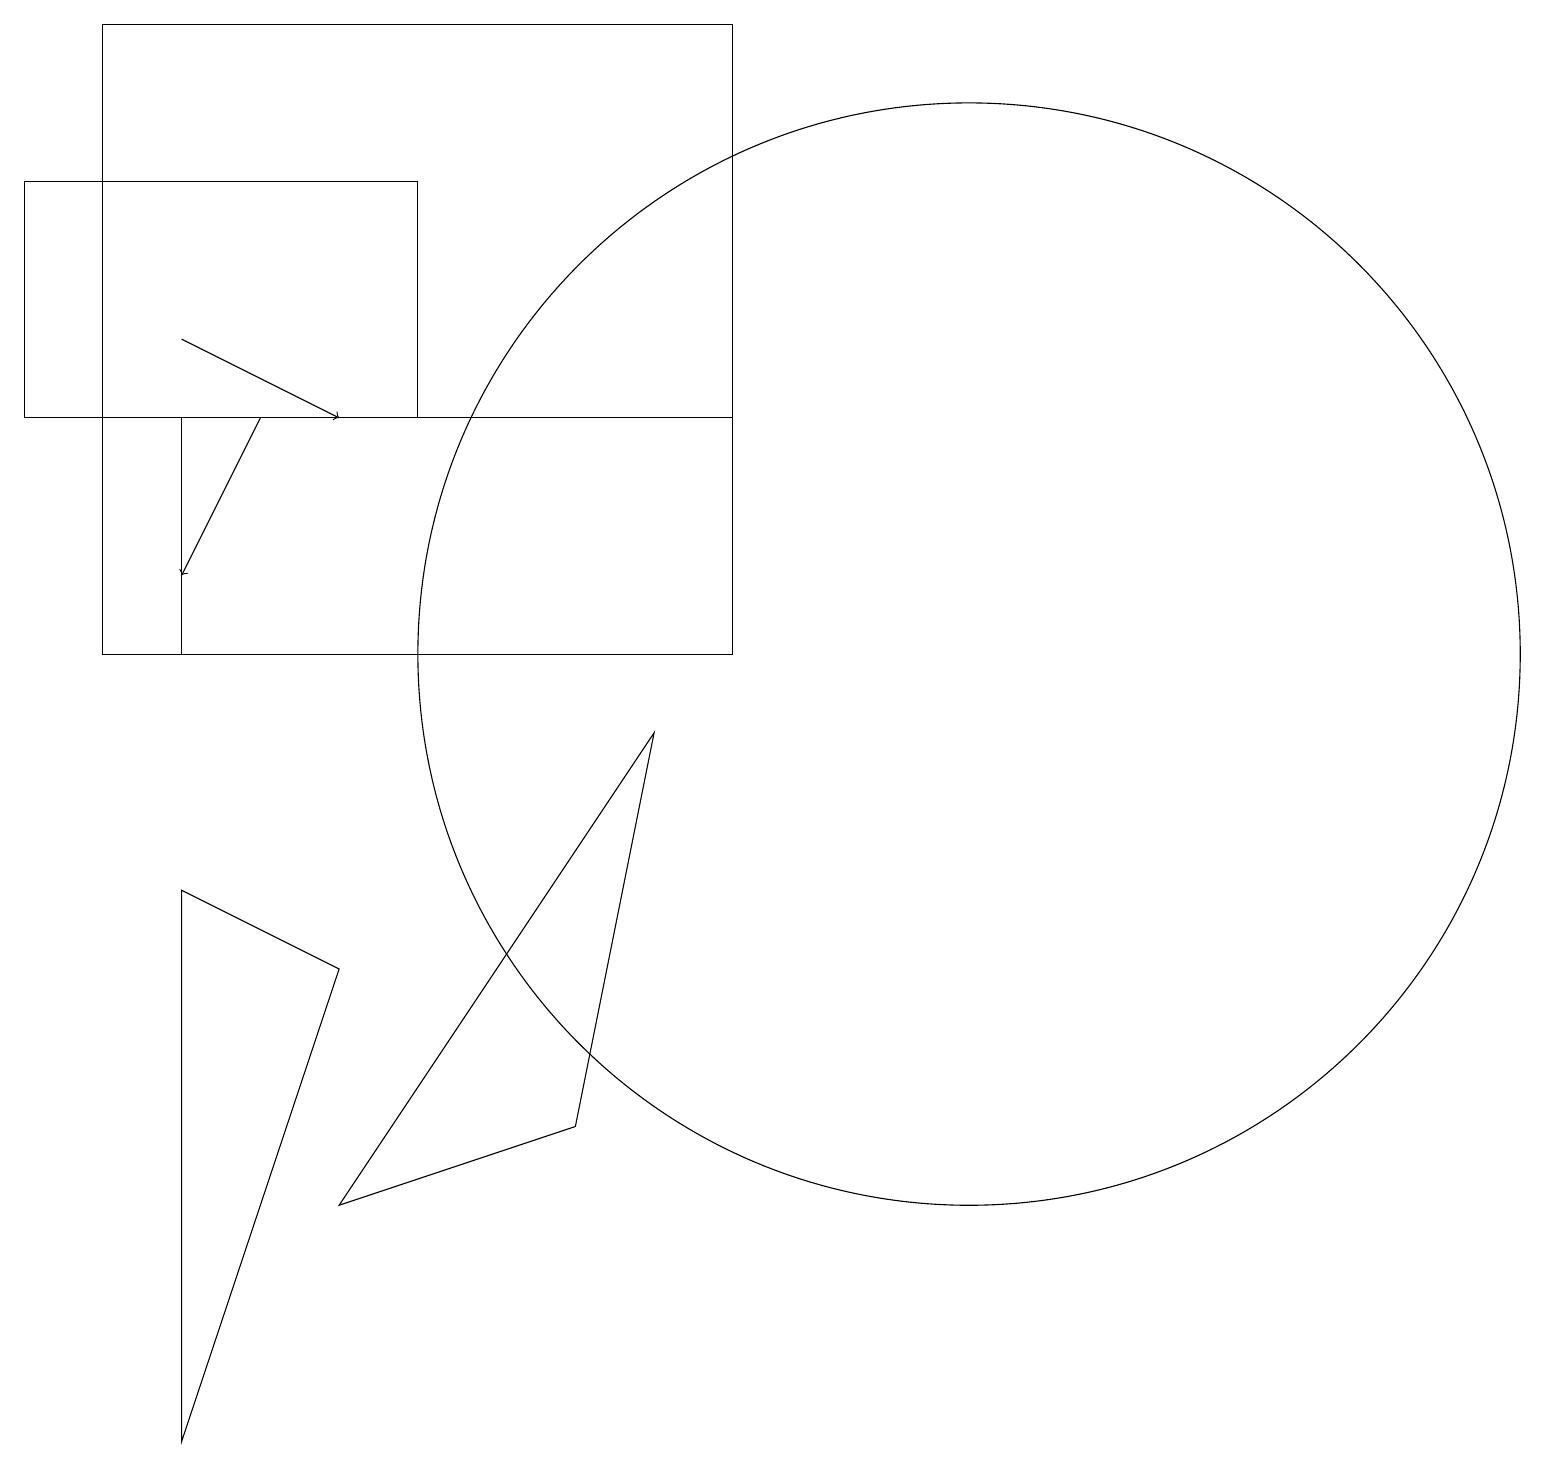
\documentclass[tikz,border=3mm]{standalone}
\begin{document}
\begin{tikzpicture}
\draw[->] (3,13) -- (2,11);
\draw (2,7) -- (2,0) -- (4,6) -- cycle;
\draw (0,16) rectangle (5,13);
\draw[->] (2,14) -- (4,13);
\draw (2,13) rectangle (9,10);
\draw (7,4) -- (8,9) -- (4,3) -- cycle;
\draw (9,18) rectangle (1,10);
\draw (12,10) circle (7);
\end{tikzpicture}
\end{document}